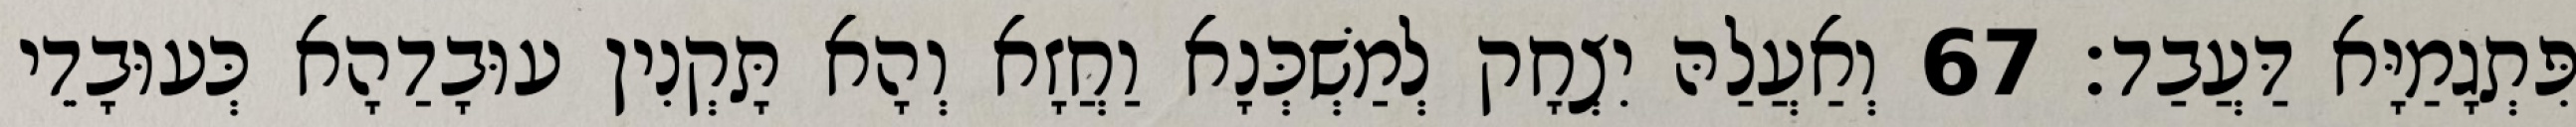
פִּתְגָמַיָּא דַּעֲבַד׃ 67 וְאַעֲלַהּ יִצְחָק לְמַשְׁכְּנָא וַחֲזָא וְהָא תָּקְנִין עוּבָדַהָא כְּעוּבָדֵי